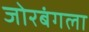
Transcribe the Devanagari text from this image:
जोरबंगला